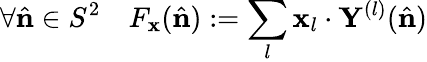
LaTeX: \forall\hat{\mathbf{n}}\in S^{2}\quad F_{\mathbf{x}}(\hat{\mathbf{n}}):=\sum_{l}\mathbf{x}_{l}\cdot\mathbf{Y}^{(l)}(\hat{\mathbf{n}})